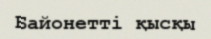
Байонетті қысқы